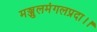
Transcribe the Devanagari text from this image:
मञ्जुलमंगलप्रदा।।